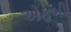
એફબી